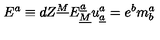
E ^ { a } \equiv d Z ^ { \underline { { M } } } E _ { \underline { { M } } } ^ { \underline { { a } } } u _ { \underline { { a } } } ^ { a } = e ^ { b } m _ { b } ^ { a } \qquad